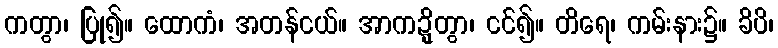
ကတွာ၊ ပြု၍။ ထောကံ၊ အတန်ငယ်။ အာကဍ္ဍ္ဎိတွာ၊ ငင်၍။ တိရေ၊ ကမ်းနား၌။ ခိပိ၊